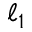
\ell _ { 1 }